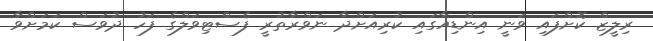
ރިލީޒް ކޮށްފައި ވަނީ އިންޑިއާގައި ކުރިއަށްދާ ނަވްރާތުރީ ފެސްޓިވަލްގެ ފަހު ދުވަސް ކަމަށްވާ